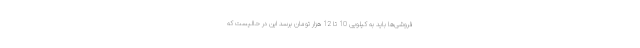
فروشی‌ها باید به کیلویی 10 تا 12 هزار تومان برسد این در حالیست که